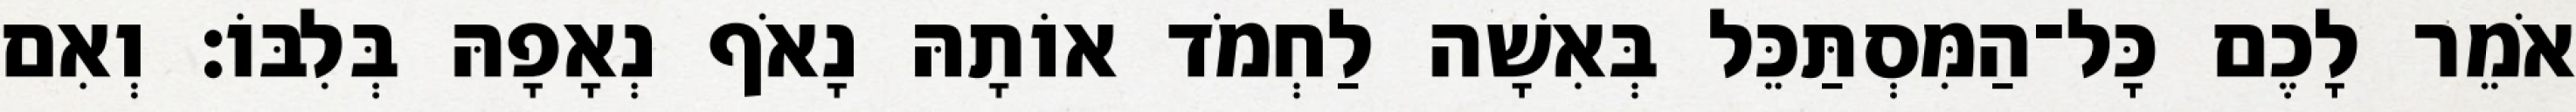
אֹמֵר לָכֶם כָּל־הַמִּסְתַּכֵּל בְּאִשָׁה לַחְמֹד אוֹתָהּ נָאֹף נְאָפָהּ בְּלִבּוֹ׃ וְאִם